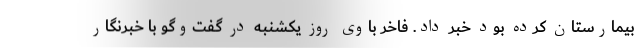
بیمارستان کرده بود خبر داد. فاخر باوی روز یکشنبه در گفت‌وگو با خبرنگار